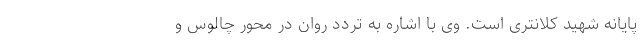
پایانه شهید کلانتری است. وی با اشاره به تردد روان در محور چالوس و